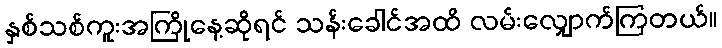
နှစ်သစ်ကူးအကြိုနေ့ဆိုရင် သန်းခေါင်အထိ လမ်းလျှောက်ကြတယ်။